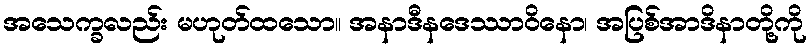
အသေက္ခလည်း မဟုတ်ထသော။ အနာဒီနဒေဿာဝိနော၊ အပြစ်အာဒိနာတို့ကို